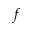
f